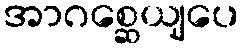
အာဂစ္ဆေယျပေ